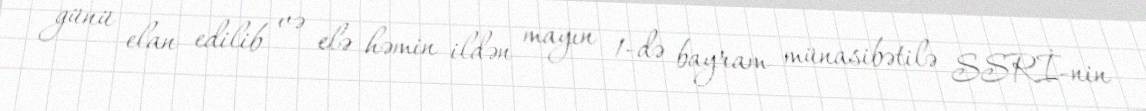
günü elan edilib və elə həmin ildən mayın 1-də bayram münasibətilə SSRİ-nin